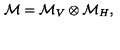
\mathcal { M } = \mathcal { M } _ { V } \otimes \mathcal { M } _ { H } ,